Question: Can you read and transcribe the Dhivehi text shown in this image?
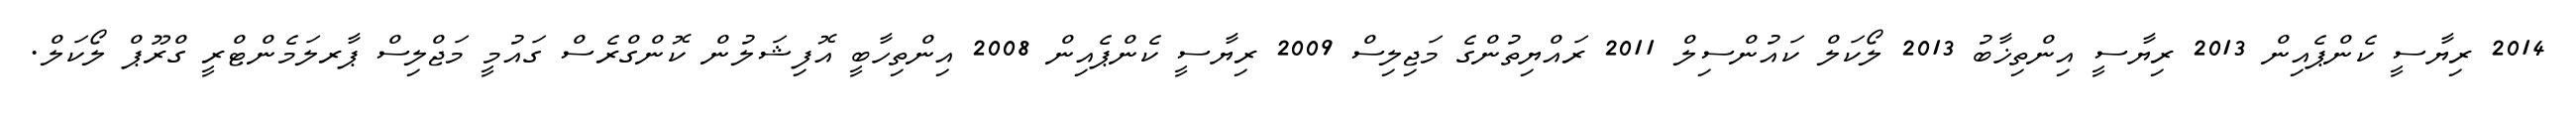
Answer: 2014 ރިޔާސީ ކެންޕެއިން 2013 ރިޔާސީ އިންތިޚާބު 2013 ލޯކަލް ކައުންސިލް 2011 ރައްޔިތުންގެ މަޖިލިސް 2009 ރިޔާސީ ކެންޕެއިން 2008 އިންތިހާބީ އޮފިޝަލުން ކޮންގްރެސް ގައުމީ މަޖްލިސް ޕާރލަމެންޓްރީ ގްރޫޕް ލޯކަލް.